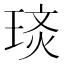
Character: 𭹡